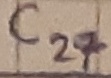
Text: C27